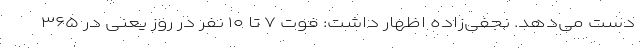
دست می‌دهد. نجفی‌زاده اظهار داشت: فوت ۷ تا ۱۰ نفر در روز یعنی در ۳۶۵